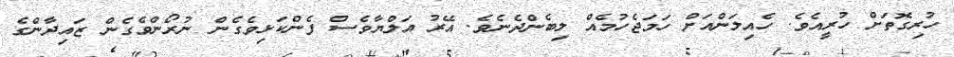
ހުރިގޮތަށް ހުރީއެވެ. ހެއިލަންއަށް ހަމަޖެހުމެއް ލިބެންދެނެވެ. އޭރު އަލްޔާވެސް ފެންކަޅިވެގެން ނުރޯންވެގެން ޒައިދާންގެ